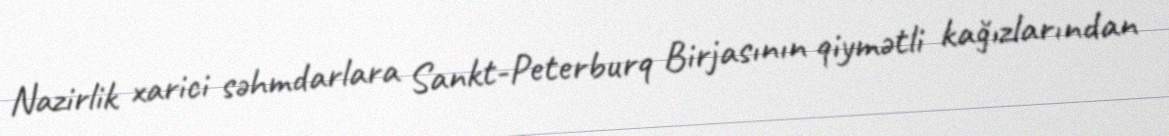
Nazirlik xarici səhmdarlara Sankt-Peterburq Birjasının qiymətli kağızlarından